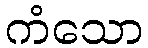
ကံသော